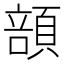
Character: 䫓